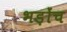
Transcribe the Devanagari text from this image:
भड़ोंच